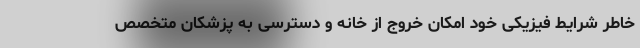
خاطر شرایط فیزیکی خود امکان خروج از خانه و دسترسی به پزشکان متخصص